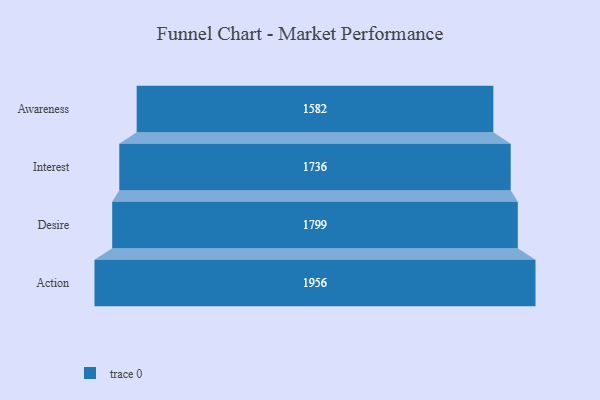
{"axis": {"x": "Stage", "y": "Value"}, "legend": [""], "data": [{"x": "Awareness", "y": 1582.0, "type": ""}, {"x": "Interest", "y": 1736.0, "type": ""}, {"x": "Desire", "y": 1799.0, "type": ""}, {"x": "Action", "y": 1956.0, "type": ""}]}